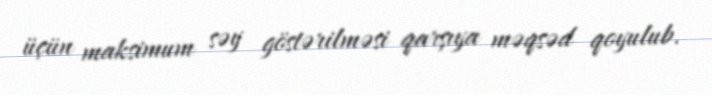
üçün maksimum səy göstərilməsi qarşıya məqsəd qoyulub.